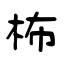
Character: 柨